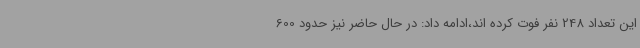
این تعداد 248 نفر فوت کرده اند،ادامه داد: در حال حاضر نیز حدود 600